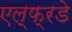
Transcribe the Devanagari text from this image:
एल्फ्रडे